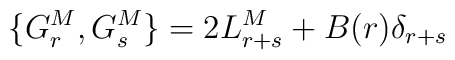
\{G^M_r,G^M_s\}=2 L_{r+s}^M+B(r)\delta_{r+s}